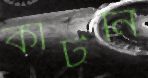
কাটনি